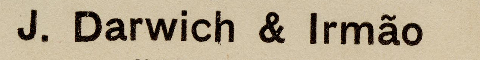
J. Darwich & Irmão